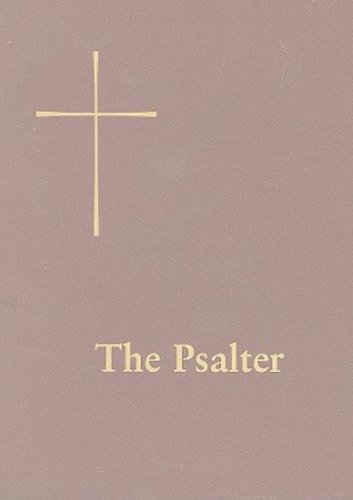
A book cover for The Psalter: Or, Psalms of David: From the Book of Common Prayer; Church Publishing; Christian Books & Bibles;